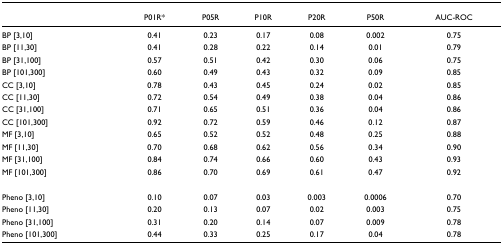
<table><thead><tr><td></td><td><b>P01R*</b></td><td><b>P05R</b></td><td><b>P10R</b></td><td><b>P20R</b></td><td><b>P50R</b></td><td><b>AUC-ROC</b></td></tr></thead><tbody><tr><td>BP [3,10]</td><td>0.41</td><td>0.23</td><td>0.17</td><td>0.08</td><td>0.002</td><td>0.75</td></tr><tr><td>BP [11,30]</td><td>0.41</td><td>0.28</td><td>0.22</td><td>0.14</td><td>0.01</td><td>0.79</td></tr><tr><td>BP [31,100]</td><td>0.57</td><td>0.51</td><td>0.42</td><td>0.30</td><td>0.06</td><td>0.75</td></tr><tr><td>BP [101,300]</td><td>0.60</td><td>0.49</td><td>0.43</td><td>0.32</td><td>0.09</td><td>0.85</td></tr><tr><td>CC [3,10]</td><td>0.78</td><td>0.43</td><td>0.45</td><td>0.24</td><td>0.02</td><td>0.85</td></tr><tr><td>CC [11,30]</td><td>0.72</td><td>0.54</td><td>0.49</td><td>0.38</td><td>0.04</td><td>0.86</td></tr><tr><td>CC [31,100]</td><td>0.71</td><td>0.65</td><td>0.51</td><td>0.36</td><td>0.04</td><td>0.86</td></tr><tr><td>CC [101,300]</td><td>0.92</td><td>0.72</td><td>0.59</td><td>0.46</td><td>0.12</td><td>0.87</td></tr><tr><td>MF [3,10]</td><td>0.65</td><td>0.52</td><td>0.52</td><td>0.48</td><td>0.25</td><td>0.88</td></tr><tr><td>MF [11,30]</td><td>0.70</td><td>0.68</td><td>0.62</td><td>0.56</td><td>0.34</td><td>0.90</td></tr><tr><td>MF [31,100]</td><td>0.84</td><td>0.74</td><td>0.66</td><td>0.60</td><td>0.43</td><td>0.93</td></tr><tr><td>MF [101,300]</td><td>0.86</td><td>0.70</td><td>0.69</td><td>0.61</td><td>0.47</td><td>0.92</td></tr><tr><td>Pheno [3,10]</td><td>0.10</td><td>0.07</td><td>0.03</td><td>0.003</td><td>0.0006</td><td>0.70</td></tr><tr><td>Pheno [11,30]</td><td>0.20</td><td>0.13</td><td>0.07</td><td>0.02</td><td>0.003</td><td>0.75</td></tr><tr><td>Pheno [31,100]</td><td>0.31</td><td>0.20</td><td>0.14</td><td>0.07</td><td>0.009</td><td>0.78</td></tr><tr><td>Pheno [101,300]</td><td>0.44</td><td>0.33</td><td>0.25</td><td>0.17</td><td>0.04</td><td>0.78</td></tr></tbody></table>